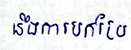
នឹងការបកប្រែ